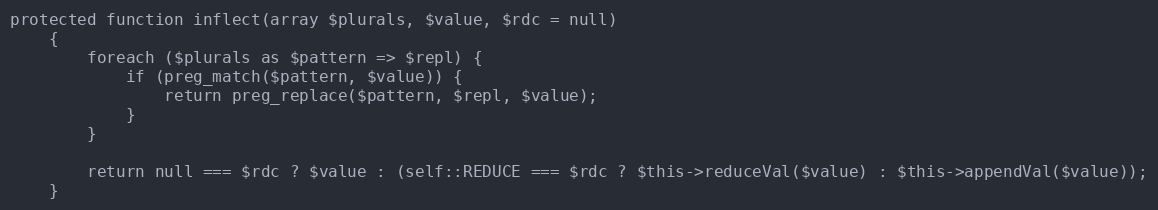
Language: PHP
protected function inflect(array $plurals, $value, $rdc = null)
    {
        foreach ($plurals as $pattern => $repl) {
            if (preg_match($pattern, $value)) {
                return preg_replace($pattern, $repl, $value);
            }
        }

        return null === $rdc ? $value : (self::REDUCE === $rdc ? $this->reduceVal($value) : $this->appendVal($value));
    }